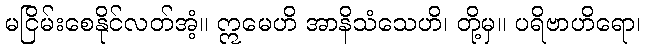
မငြိမ်းစေနိုင်လတ်အံ့။ ဣမေဟိ အာနိသံသေဟိ၊ တို့မှ။ ပရိဗာဟိရော၊